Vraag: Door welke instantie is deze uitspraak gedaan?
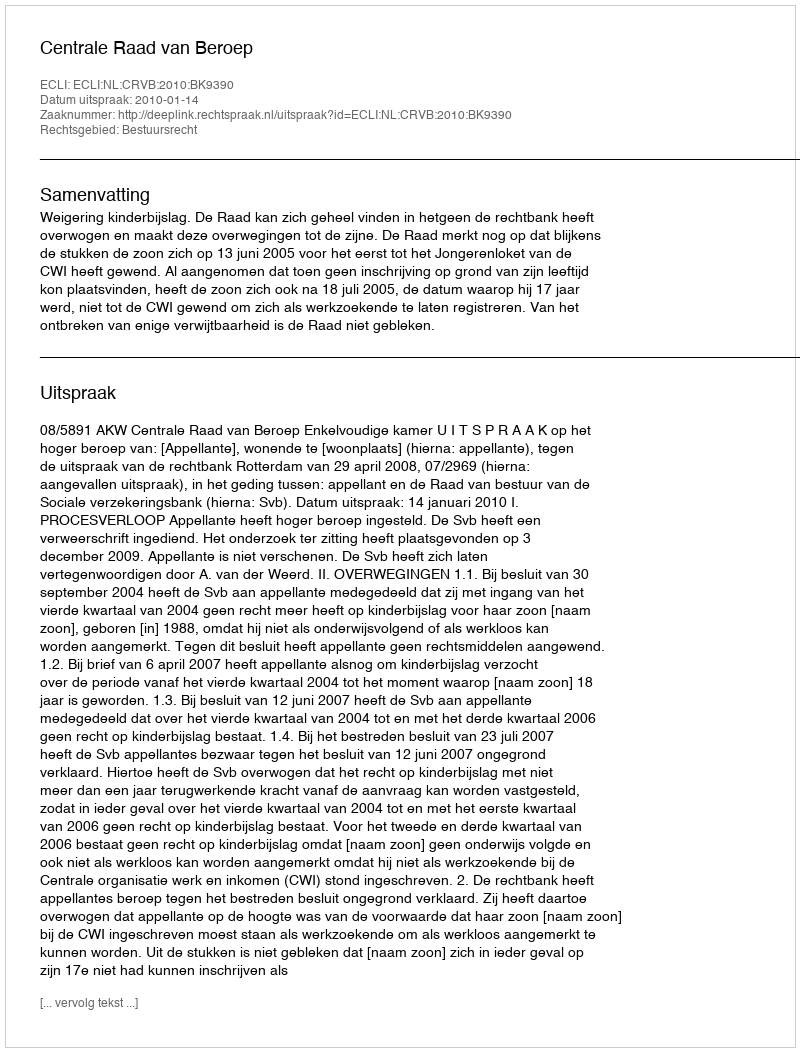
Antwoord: Centrale Raad van Beroep